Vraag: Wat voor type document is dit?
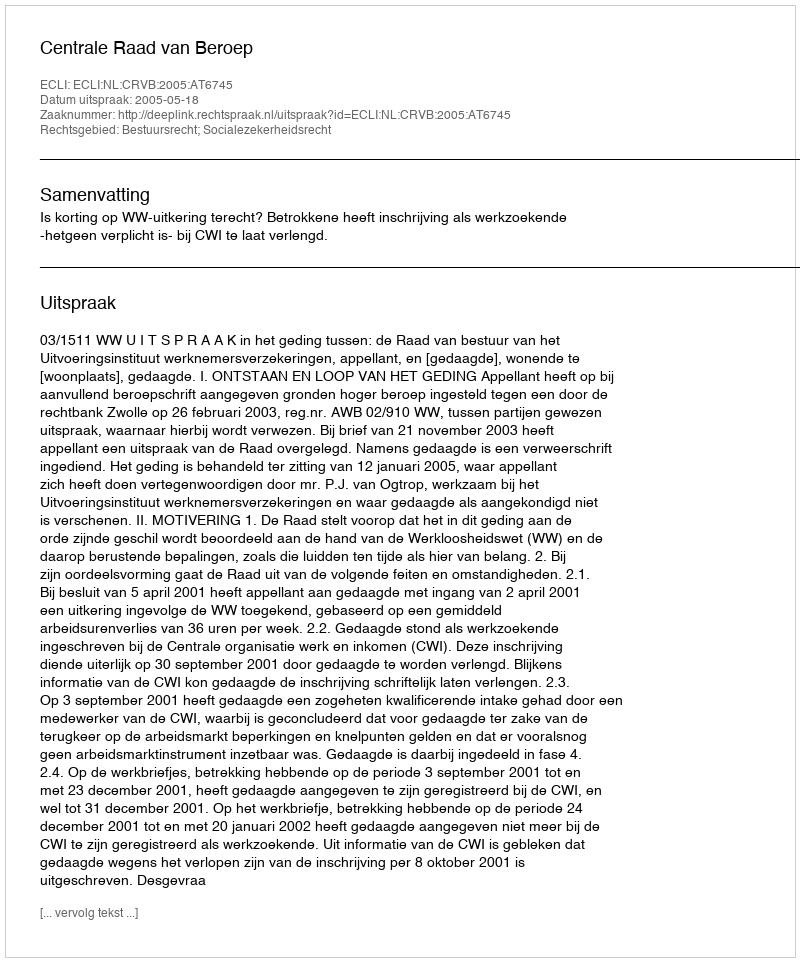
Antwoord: Uitspraak